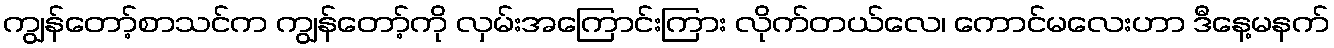
ကျွန်တော့်စာသင်က ကျွန်တော့်ကို လှမ်းအကြောင်းကြား လိုက်တယ်လေ၊ ကောင်မလေးဟာ ဒီနေ့မနက်